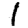
Digit: 1